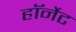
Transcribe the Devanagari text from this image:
हाॅर्नेट